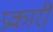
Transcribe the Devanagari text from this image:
प्रकारी